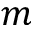
m